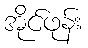
အိုင်ဖုန်း